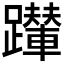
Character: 𨇍